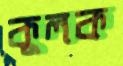
কুলক